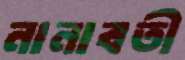
নানাবতী